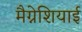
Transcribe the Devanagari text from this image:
मैग्नेशियाई